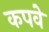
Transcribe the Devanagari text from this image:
कपवे